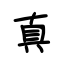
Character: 真